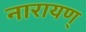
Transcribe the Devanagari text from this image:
नारायण्